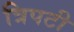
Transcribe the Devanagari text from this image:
त्रिपटी